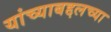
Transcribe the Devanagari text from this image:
यांच्याबद्दलच्या